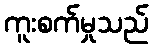
ကူးစက်မှုသည်